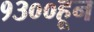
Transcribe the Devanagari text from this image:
१३००हून